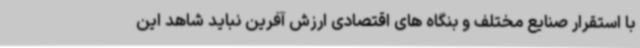
با استقرار صنایع مختلف و بنگاه های اقتصادی ارزش آفرین نباید شاهد این